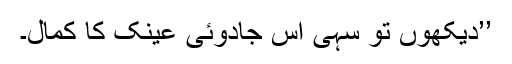
’’دیکھوں تو سہی اس جادوئی عینک کا کمال۔